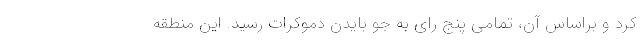
کرد و براساس آن، تمامی پنج رای به جو بایدن دموکرات رسید. این منطقه